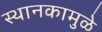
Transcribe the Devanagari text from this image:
स्थानकामुळे